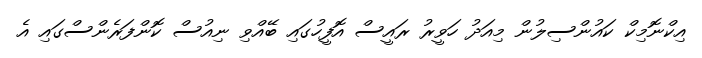
އިކްނޮމިކް ކައުންސިލުން މިއަދު ހަވީރު ރައީސް އޮފީހުގައި ބޭއްވި ނިއުސް ކޮންފަރެންސްގައި އެ